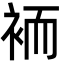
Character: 袻